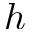
h